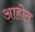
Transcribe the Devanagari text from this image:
अाहोत